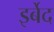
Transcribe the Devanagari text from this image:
इर्बेद